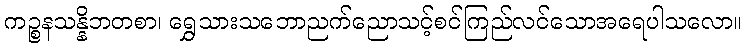
ကဉ္စနသန္နိဘတစာ၊ ရွှေသားသဘောညက်ညောသင့်စင်ကြည်လင်သောအရေပါသလော။